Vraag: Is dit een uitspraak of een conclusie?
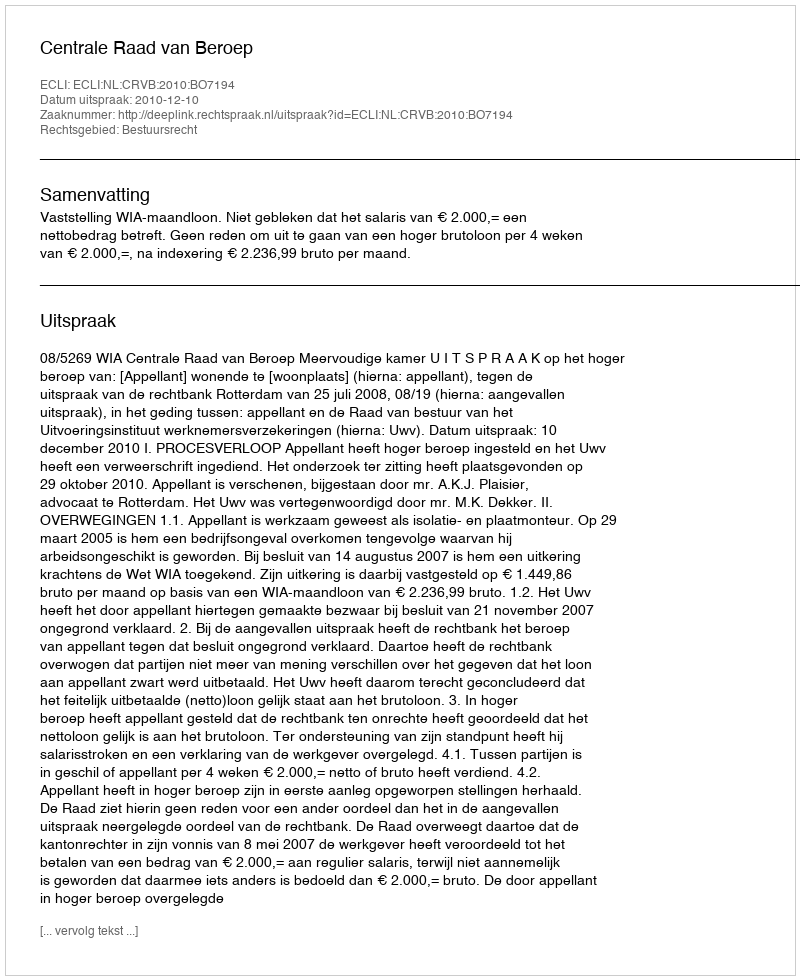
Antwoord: Uitspraak